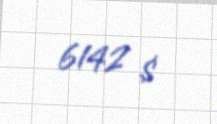
6142 $